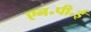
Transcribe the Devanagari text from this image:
एन॰पी॰ई